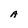
Character: A